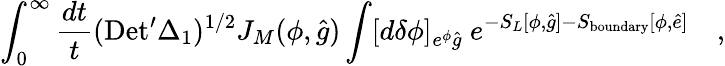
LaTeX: \int_{0}^{\infty}{\frac{dt}{t}}(\mathrm{Det}^{\prime}\Delta_{1})^{1/2}J_{M}(\phi,{\hat{g}})\int[d\delta\phi]_{e^{\phi}{\hat{g}}}~e^{-S_{L}[\phi,{\hat{g}}]-S_{\mathrm{boundary}}[\phi,{\hat{e}}]}\quad,